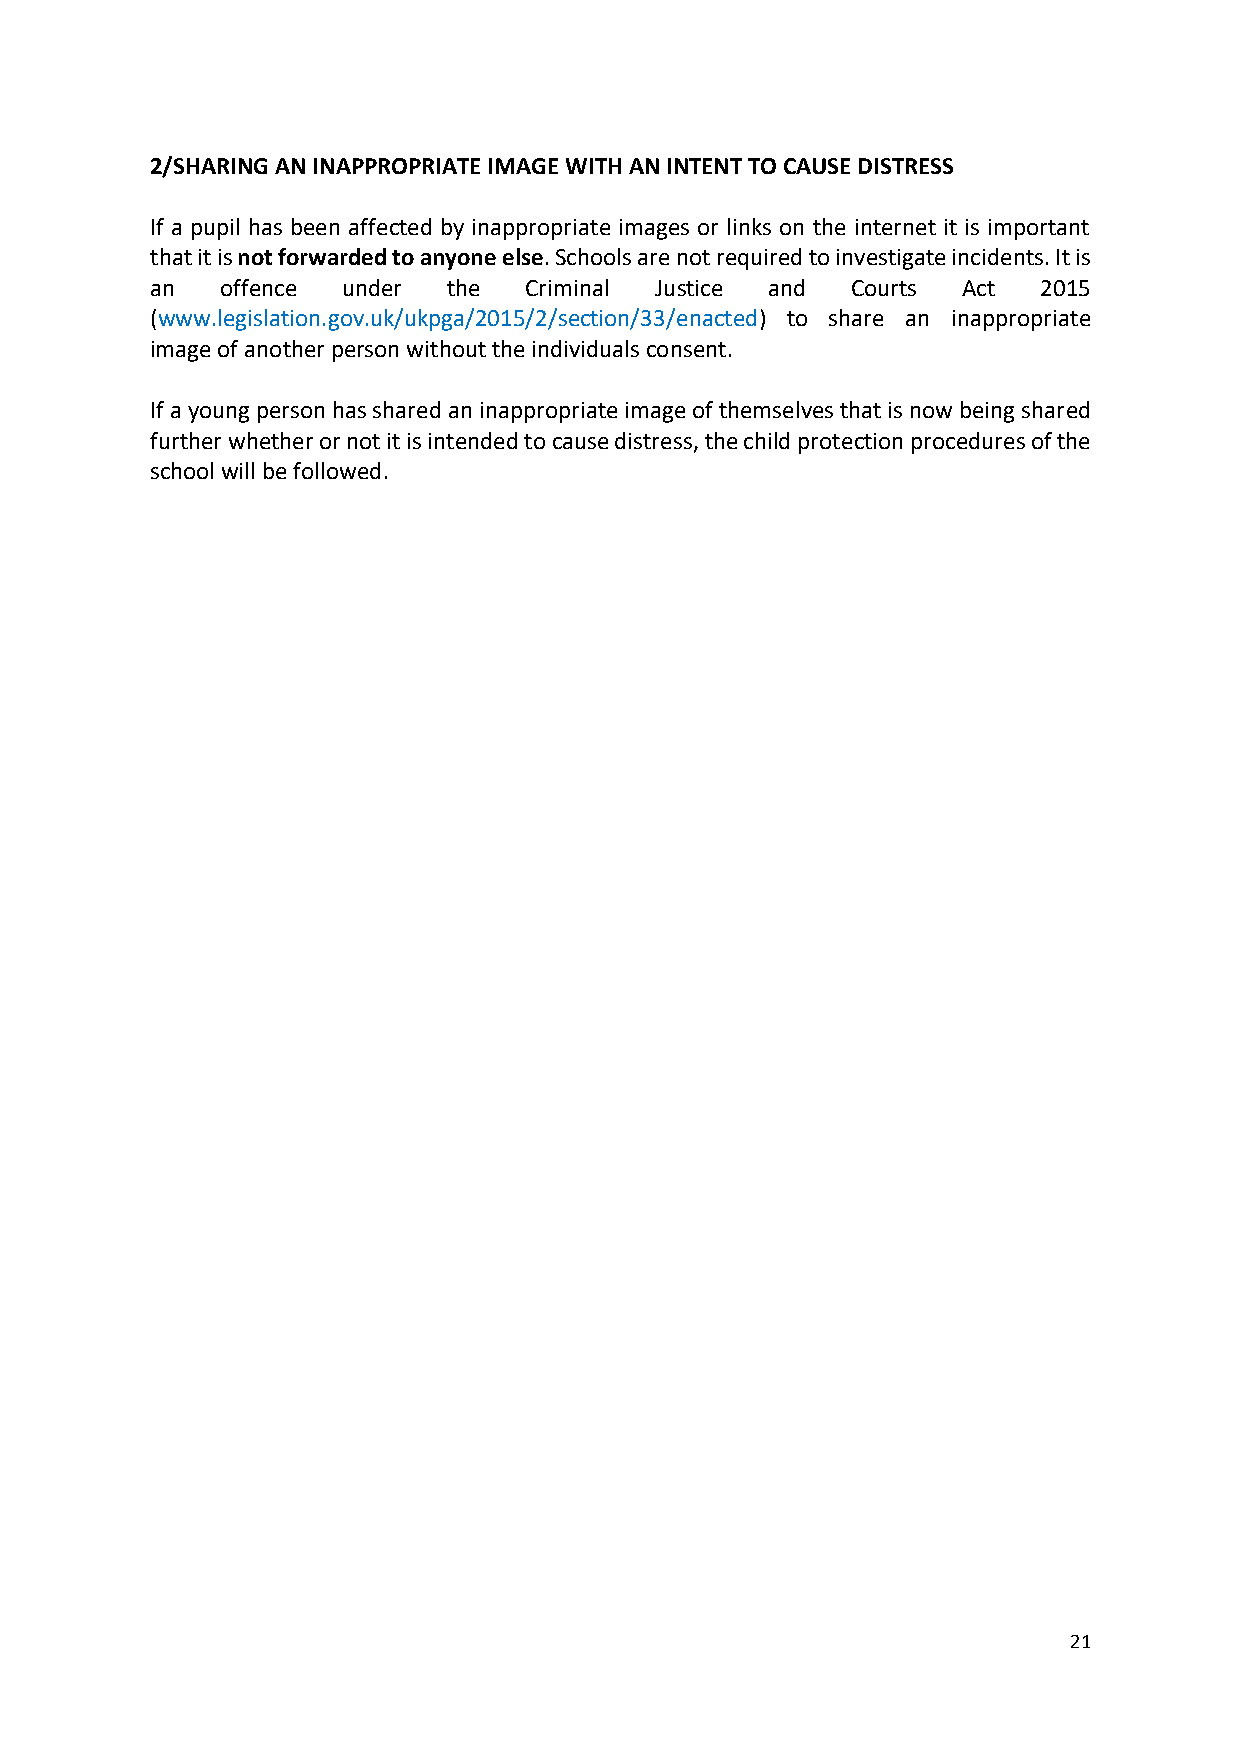
2/SHARING AN INAPPROPRIATE IMAGE WITH AN INTENT TO CAUSE DISTRESS
 If a pupil has been affected by inappropriate images or links on the internet it is important
 that it is not forwarded to anyone else. Schools are not required to investigate incidents. It is
 an   offence under  the  Criminal Justice and Courts  Act  2015
 (www.legislation.gov.uk/ukpga/2015/2/section/33/enacted) to share an inappropriate
 image of another person without the individuals consent.
 If a young person has shared an inappropriate image of themselves that is now being shared
 further whether or not it is intended to cause distress, the child protection procedures of the
 school will be followed.
 21